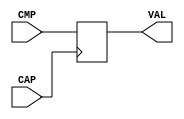
module MemoireDe (CAP, CMP, VAL);

input CAP;
input [6:0] CMP;
output [6:0] VAL;

reg [6:0] VAL;

always @(posedge(CAP))
begin
	if (CAP == 1)
		begin
			VAL <= CMP;
		end
end 

endmodule